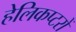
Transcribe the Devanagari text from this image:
हेलिकप्टरों